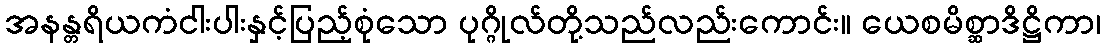
အနန္တရိယကံငါးပါးနှင့်ပြည့်စုံသော ပုဂ္ဂိုလ်တို့သည်လည်းကောင်း။ ယေစမိစ္ဆာဒိဋ္ဌိကာ၊